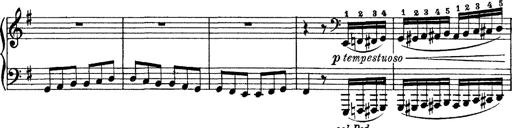
Title: Tarantelle di bravura dâ€™aprÃ¨s la tarantelle de La muette de Portici
Composer: Franz Liszt